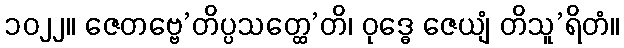
၁၀၂၂။ ဇေတဗ္ဗေ’တိပ္ပသတ္ထေ’တိ၊ ဝုဒ္ဓေ ဇေယျံ တိသူ’ရိတံ။